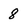
Character: 8